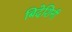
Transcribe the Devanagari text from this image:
बिदेशिनी